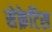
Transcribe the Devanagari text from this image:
सेक्रेटिस